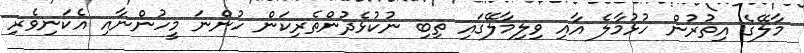
މާލޭގެ އިތުރުން ހުޅުމާލެ އާއި ވިލިމާލޭގައި ތިބި ނުކުޅެދުންތެރިކަން ހުންނަ މީހުންނާއި އެކަނިވެރި